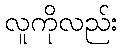
လူကိုလည်း